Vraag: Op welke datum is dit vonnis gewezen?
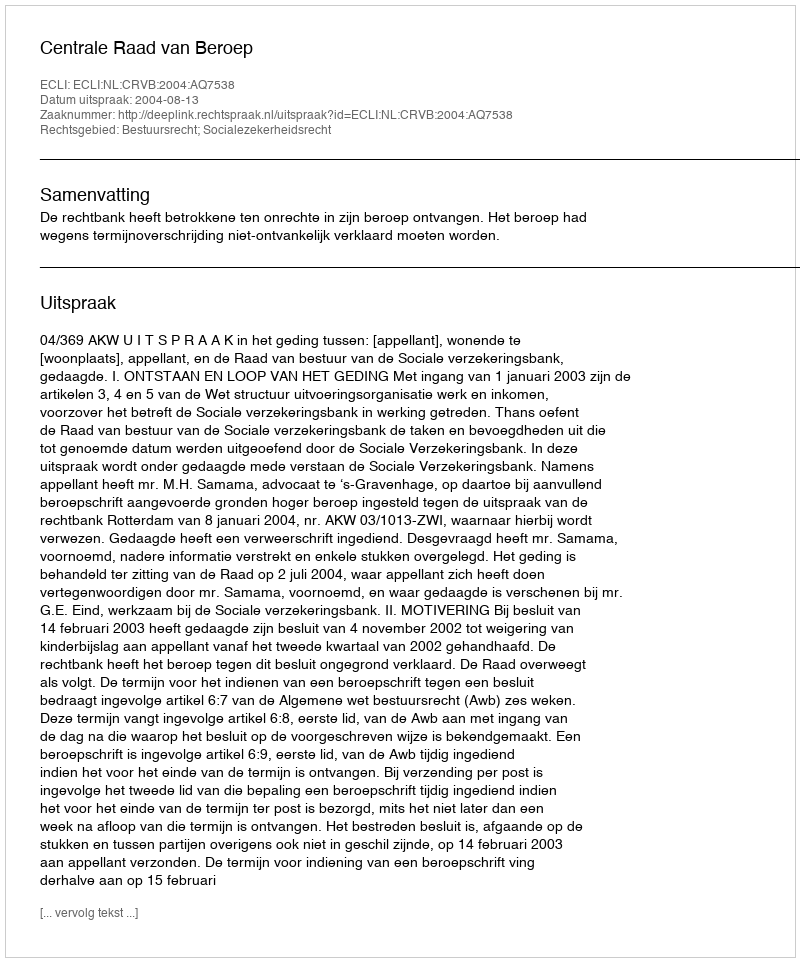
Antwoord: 2004-08-13